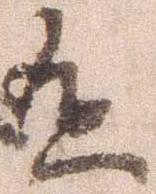
有